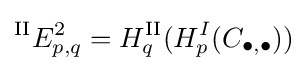
{}^{\textrm {II}}E_{p,q}^{2}=H_{q}^{\textrm {II}}(H_{p}^{I}(C_{\bullet ,\bullet }))